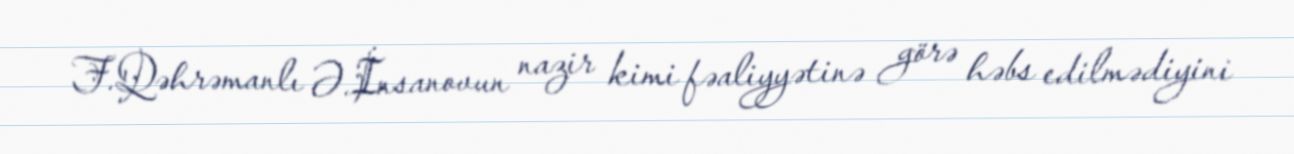
F.Qəhrəmanlı Ə.İnsanovun nazir kimi fəaliyyətinə görə həbs edilmədiyini